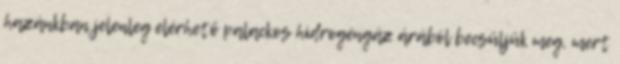
hazánkban jelenleg elérhető palackos hidrogéngáz árából becsüljük meg, mert